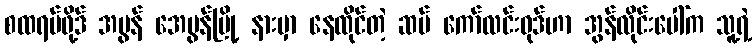
စထရပ်ဖို့ဒ် အပွန် အေဗွန်မြို့ နားမှာ နေထိုင်တဲ့ ဆမ် ကော်လင်းဝုဒ်ဟာ အွန်လိုင်းပေါ်က သူ့ရဲ့